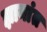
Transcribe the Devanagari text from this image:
ज्ञानांत